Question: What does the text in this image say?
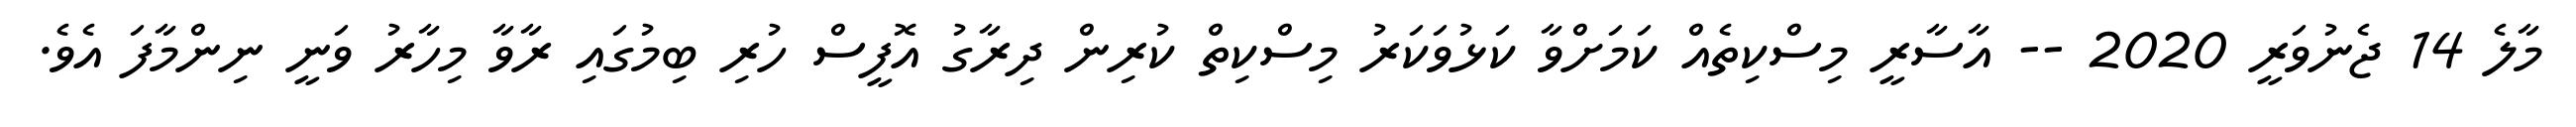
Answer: މާލެ 14 ޖެނުވަރީ 2020 -- އާސާރީ މިސްކިތެއް ކަމަށްވާ ކަޅުވަކަރު މިސްކިތް ކުރިން ދިރާގު އޮފީސް ހުރި ބިމުގައި ރާވާ މިހާރު ވަނީ ނިންމާފަ އެވެ.